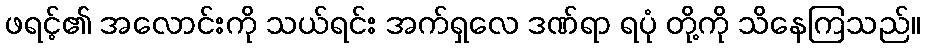
ဖရင့်၏ အလောင်းကို သယ်ရင်း အက်ရှလေ ဒဏ်ရာ ရပုံ တို့ကို သိနေကြသည်။